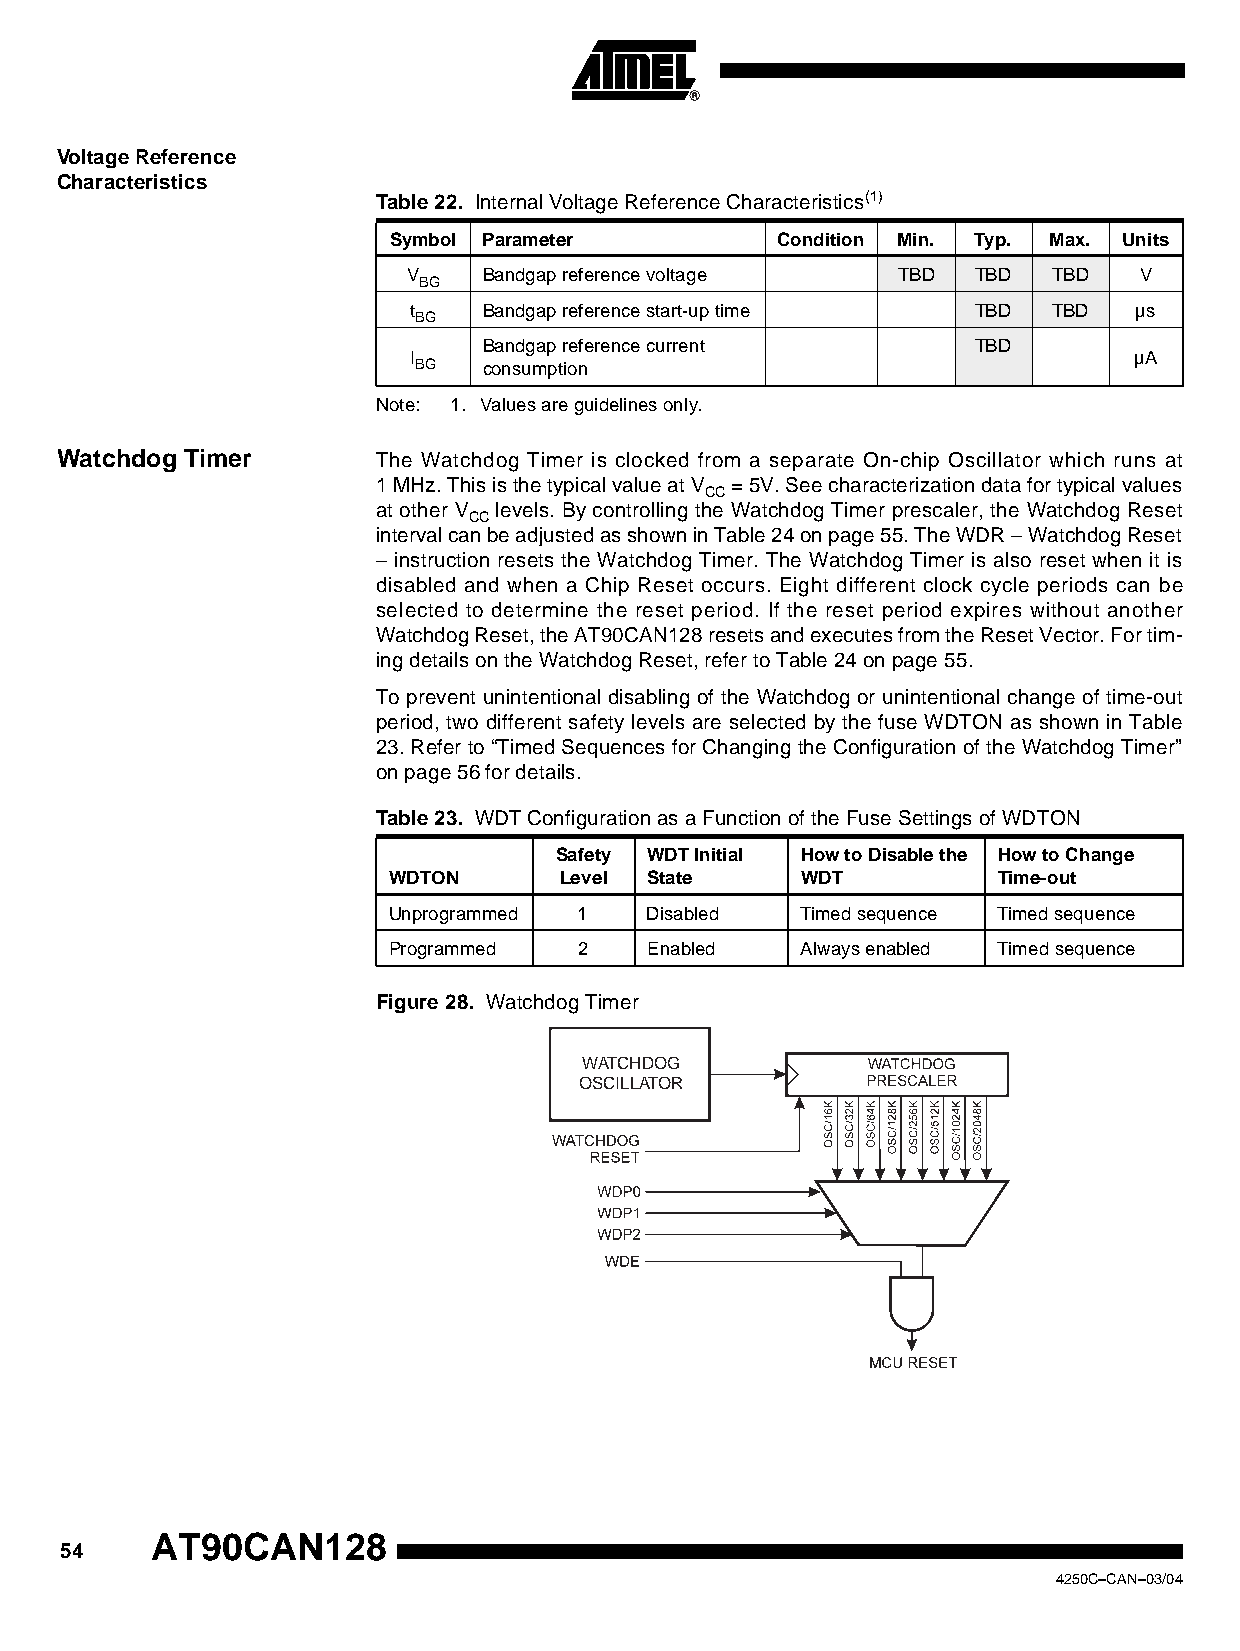
Voltage Reference
 Characteristics
 Table 22. Internal Voltage Reference Characteristics(1)
 Symbol Parameter         Condition Min. Typ. Max. Units
 V    Bandgap reference voltage  TBD   TBD  TBD  V
 BG
 t    Bandgap reference start-up time  TBD  TBD  µs
 BG
 Bandgap reference current        TBD
 I                                               µA
 BG   consumption
 Note: 1. Values are guidelines only.
 Watchdog Timer       The Watchdog Timer is clocked from a separate On-chip Oscillator which runs at
 1MHz. This is the typical value at V = 5V. See characterization data for typical values
 CC
 at other V levels. By controlling the Watchdog Timer prescaler, the Watchdog Reset
 CC
 interval can be adjusted as shown in Table 24 on page 55. The WDR – Watchdog Reset
 – instruction resets the Watchdog Timer. The Watchdog Timer is also reset when it is
 disabled and when a Chip Reset occurs. Eight different clock cycle periods can be
 selected to determine the reset period. If the reset period expires without another
 Watchdog Reset, the AT90CAN128 resets and executes from the Reset Vector. For tim-
 ing details on the Watchdog Reset, refer to Table 24 on page 55.
 To prevent unintentional disabling of the Watchdog or unintentional change of time-out
 period, two different safety levels are selected by the fuse WDTON as shown in Table
 23. Refer to “Timed Sequences for Changing the Configuration of the Watchdog Timer”
 on page 56 for details.
 Table 23. WDT Configuration as a Function of the Fuse Settings of WDTON
 Safety WDT Initial How to Disable the How to Change
 WDTON      Level State     WDT          Time-out
 Unprogrammed 1   Disabled  Timed sequence Timed sequence
 Programmed  2    Enabled   Always enabled Timed sequence
 Figure 28. Watchdog Timer
 WATCHDOG
 OSCILLATOR
 AT90CAN128
 54
 4250C–CAN–03/04